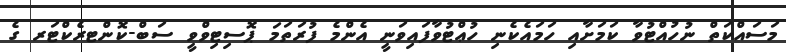
މަސައްކަތް ނުހުއްޓުވާ ކަމަށާއި ހަމައެކެނި ހުޢްޓުވާފައިވަނީ އެންމެ ފުރަތަމަ ޕޮސިޓިވްވީ ސަބް-ކޮންޓރެކްޓަރ ގެ